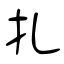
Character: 扎